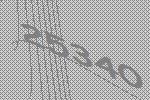
25340